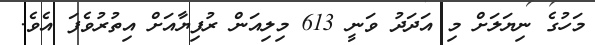
މަހުގެ ނިޔަލަށް މި އަދަދު ވަނީ 613 މިލިއަން ރުފިޔާއަށް އިތުރުވެފަ އެވެ.